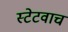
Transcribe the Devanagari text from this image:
स्टेटवाच